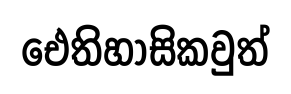
ඓතිහාසිකවුත්